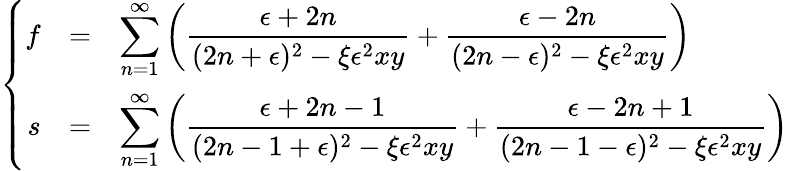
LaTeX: \left\{ \begin{array}{rcl}{{f}}&{{=}}&{{\displaystyle\sum_{n=1}^{\infty}\left(\frac{\epsilon+2n}{(2n+\epsilon)^{2}-\xi\epsilon^{2}xy}+\frac{\epsilon-2n}{(2n-\epsilon)^{2}-\xi\epsilon^{2}xy}\right)}}\\ {{s}}&{{=}}&{{\displaystyle\sum_{n=1}^{\infty}\left(\frac{\epsilon+2n-1}{(2n-1+\epsilon)^{2}-\xi\epsilon^{2}xy}+\frac{\epsilon-2n+1}{(2n-1-\epsilon)^{2}-\xi\epsilon^{2}xy}\right)}}\end{array}\right.